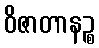
ဝိဇာတာနဉ္စ